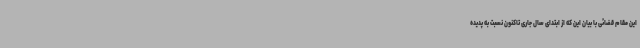
این مقام قضائی با بیان این که از ابتدای سال جاری تاکنون نسبت به پدیده